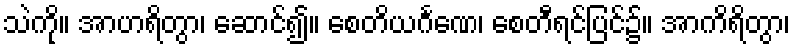
သဲကို။ အာဟရိတွာ၊ ဆောင်၍။ စေတိယင်္ဂဏေ၊ စေတီရင်ပြင်၌။ အာကိရိတွာ၊